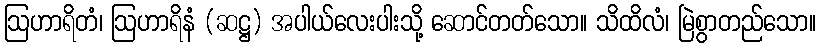
ဩဟာရိတံ၊ ဩဟာရိနံ (ဆဋ္ဌ) အပါယ်လေးပါးသို့ ဆောင်တတ်သော။ သိထိလံ၊ မြဲစွာတည်သော။